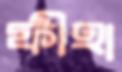
ফীহা